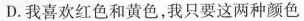
D.我喜欢红色和黄色，我只要这两种颜色